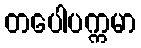
တပေါပက္ကမာ